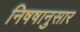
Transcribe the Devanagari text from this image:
निषषानुसार